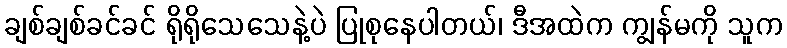
ချစ်ချစ်ခင်ခင် ရိုရိုသေသေနဲ့ပဲ ပြုစုနေပါတယ်၊ ဒီအထဲက ကျွန်မကို သူက